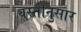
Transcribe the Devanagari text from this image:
वस्तीनुसार